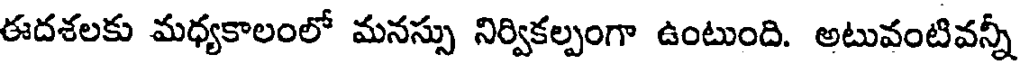
ఈదశలకు మధ్యకాలంలో మనస్సు నిర్వికల్పంగా ఉంటుంది. అటువంటివన్నీ